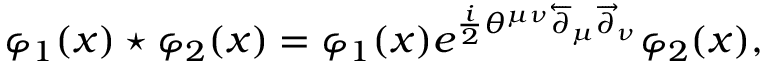
\varphi _ { 1 } ( x ) \star \varphi _ { 2 } ( x ) = \varphi _ { 1 } ( x ) e ^ { \frac { i } { 2 } \theta ^ { \mu \nu } \overleftarrow { \partial } _ { \mu } \overrightarrow { \partial } _ { \nu } } \varphi _ { 2 } ( x ) ,